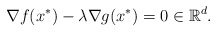
\begin{align*}\nabla f(x^*)-\lambda \nabla g(x^*)=0\in\mathbb{R}^d.\end{align*}